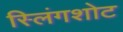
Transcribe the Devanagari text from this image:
स्लिंगशोट